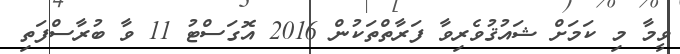
ވީމާ މި ކަމަށް ޝައުޤުވެރިވާ ފަރާތްތަކުން 2016 އޮގަސްޓު 11 ވާ ބުރާސްފަތި